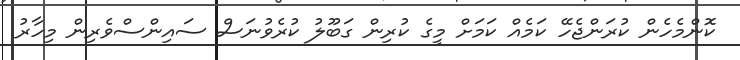
ކޮންމެހެން ކުރަންޖެހޭ ކަމެއް ކަމަށް މީގެ ކުރިން ގަބޫލު ކުރެވުނަސް ސައިންސްވެރިން މިހާރު